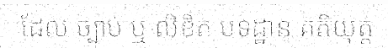
ដែល ច្បាប់ ឬ លិខិត បទដ្ឋាន គតិយុត្ត